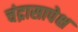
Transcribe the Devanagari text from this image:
चंद्रासापेक्ष